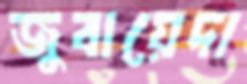
জুবায়েদা